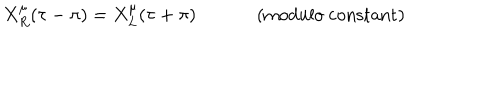
LaTeX: X _ { R } ^ { \mu } ( \tau - \pi ) = X _ { L } ^ { \mu } ( \tau + \pi ) \mathrm { ~ ( m o d u l o ~ c o n s t a n t ) }